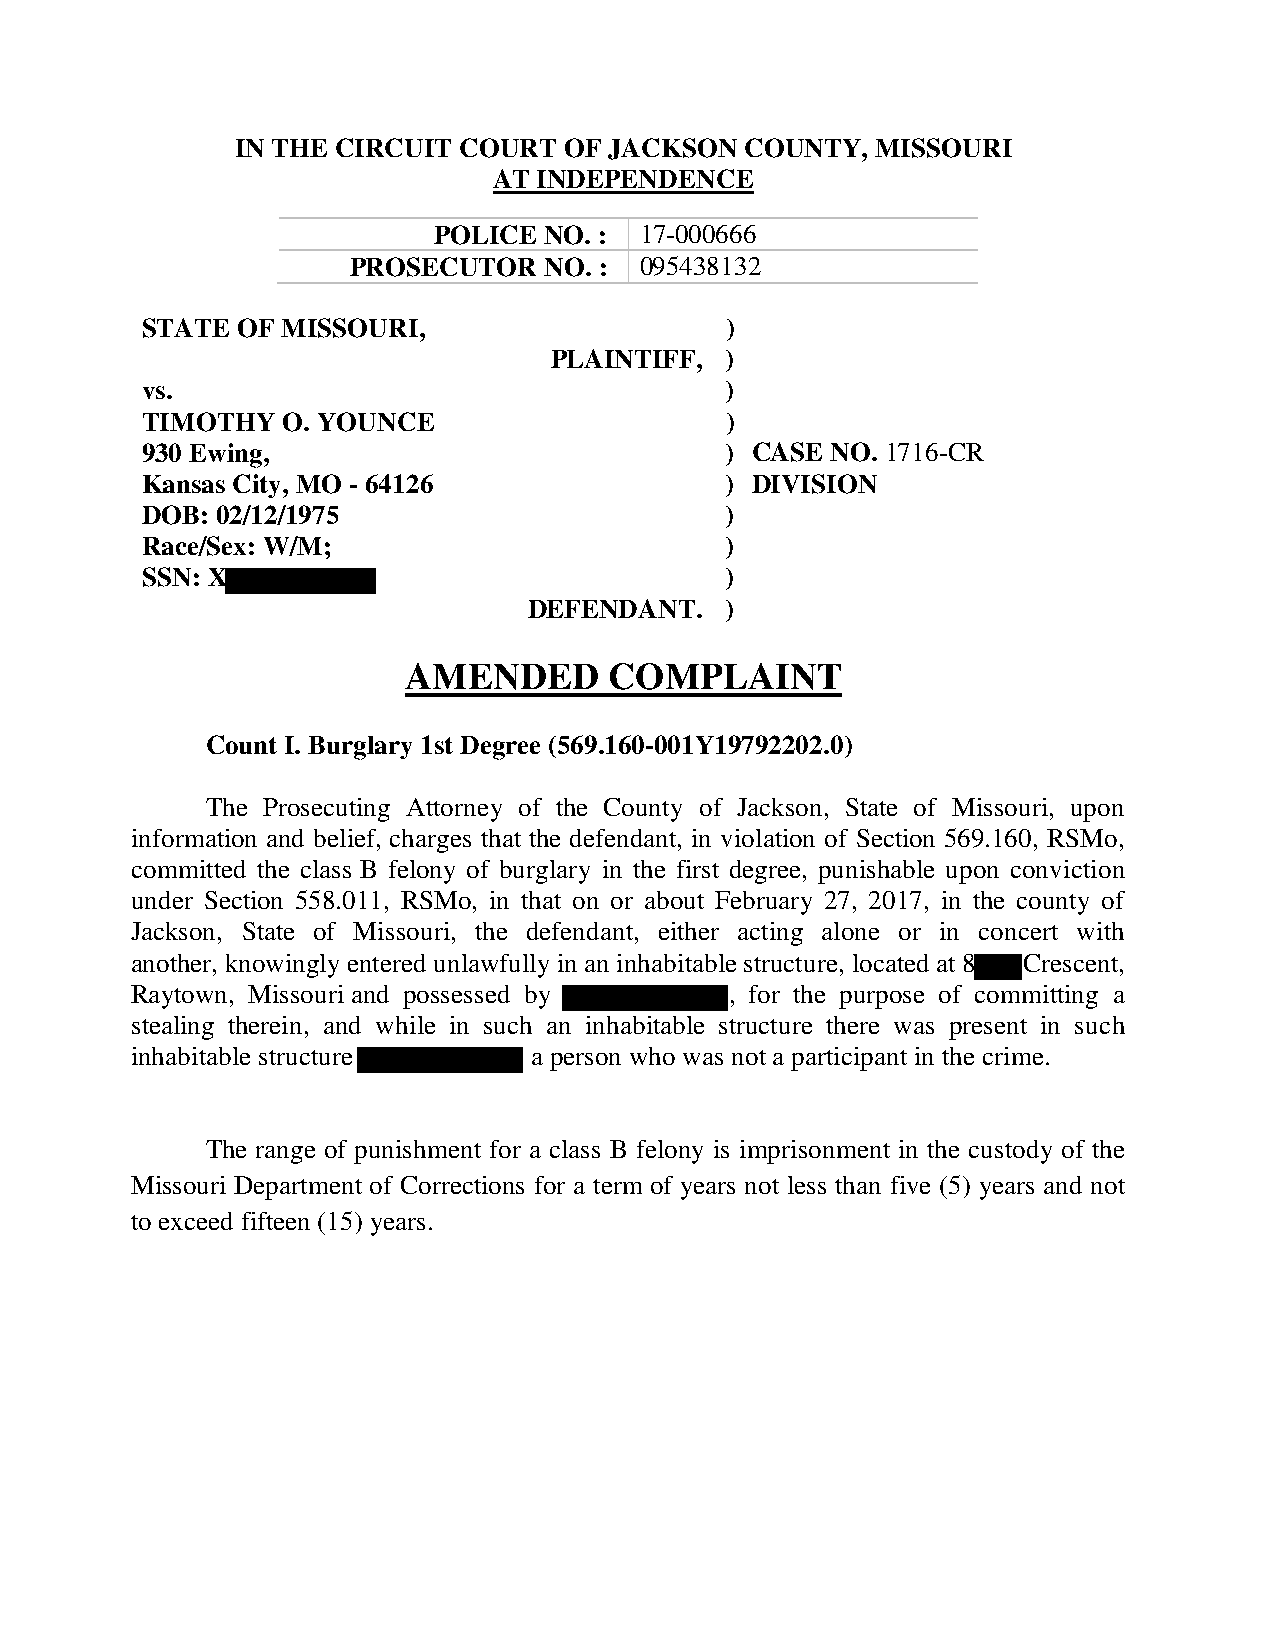
IN THE CIRCUIT COURT OF JACKSON  COUNTY,  MISSOURI
 AT INDEPENDENCE
 POLICE NO. : 17-000666
 PROSECUTOR   NO. : 095438132
 STATE  OF MISSOURI,                    )
 PLAINTIFF,  )
 vs.                                    )
 TIMOTHY   O. YOUNCE                    )
 930 Ewing,                             ) CASE NO. 1716-CR
 Kansas City, MO - 64126                ) DIVISION
 DOB: 02/12/1975                        )
 Race/Sex: W/M;                         )
 SSN: X                                 )
 DEFENDANT.   )
 AMENDED      COMPLAINT
 Count I. Burglary 1st Degree (569.160-001Y19792202.0)
 The Prosecuting Attorney of the County of Jackson, State of Missouri, upon
 information and belief, charges that the defendant, in violation of Section 569.160, RSMo,
 committed the class B felony of burglary in the first degree, punishable upon conviction
 under Section 558.011, RSMo, in that on or about February 27, 2017, in the county of
 Jackson, State of Missouri, the defendant, either acting alone or in concert with
 another, knowingly entered unlawfully in an inhabitable structure, located at 8 Crescent,
 Raytown, Missouri and possessed by     , for the purpose of committing a
 stealing therein, and while in such an inhabitable structure there was present in such
 inhabitable structure     a person who was not a participant in the crime.
 The range of punishment for a class B felony is imprisonment in the custody of the
 Missouri Department of Corrections for a term of years not less than five (5) years and not
 to exceed fifteen (15) years.